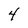
Character: 4